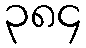
၃၈၄